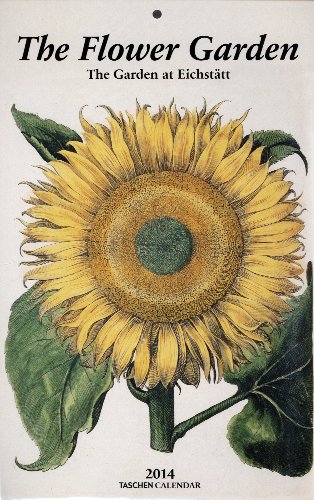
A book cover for Flowers from the Garden at Eichstatt 2014 (Taschen Weekly Tear-off Calendars); Taschen; Calendars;